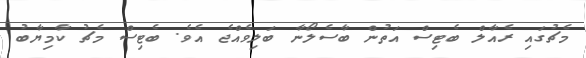
މެޗުގައި ރެއާލް ބެޓިސް އަތުން ބާސެލޯނާ ބަލިވެއްޖެ އެވެ. ބެޓިސް މެޗު ކާމިޔާބު